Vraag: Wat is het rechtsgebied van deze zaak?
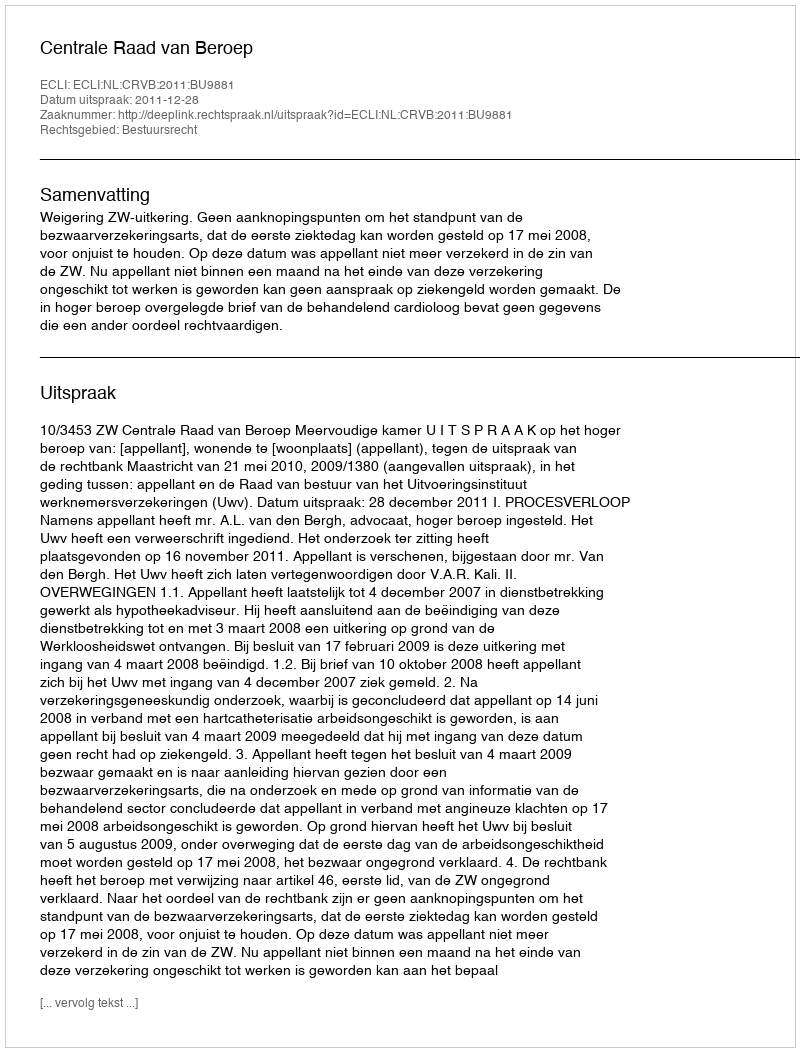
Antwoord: Bestuursrecht